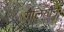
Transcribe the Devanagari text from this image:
गैलियोन